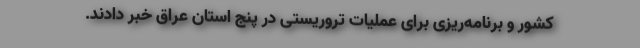
کشور و برنامه‌ریزی برای عملیات تروریستی در پنج استان عراق خبر دادند.